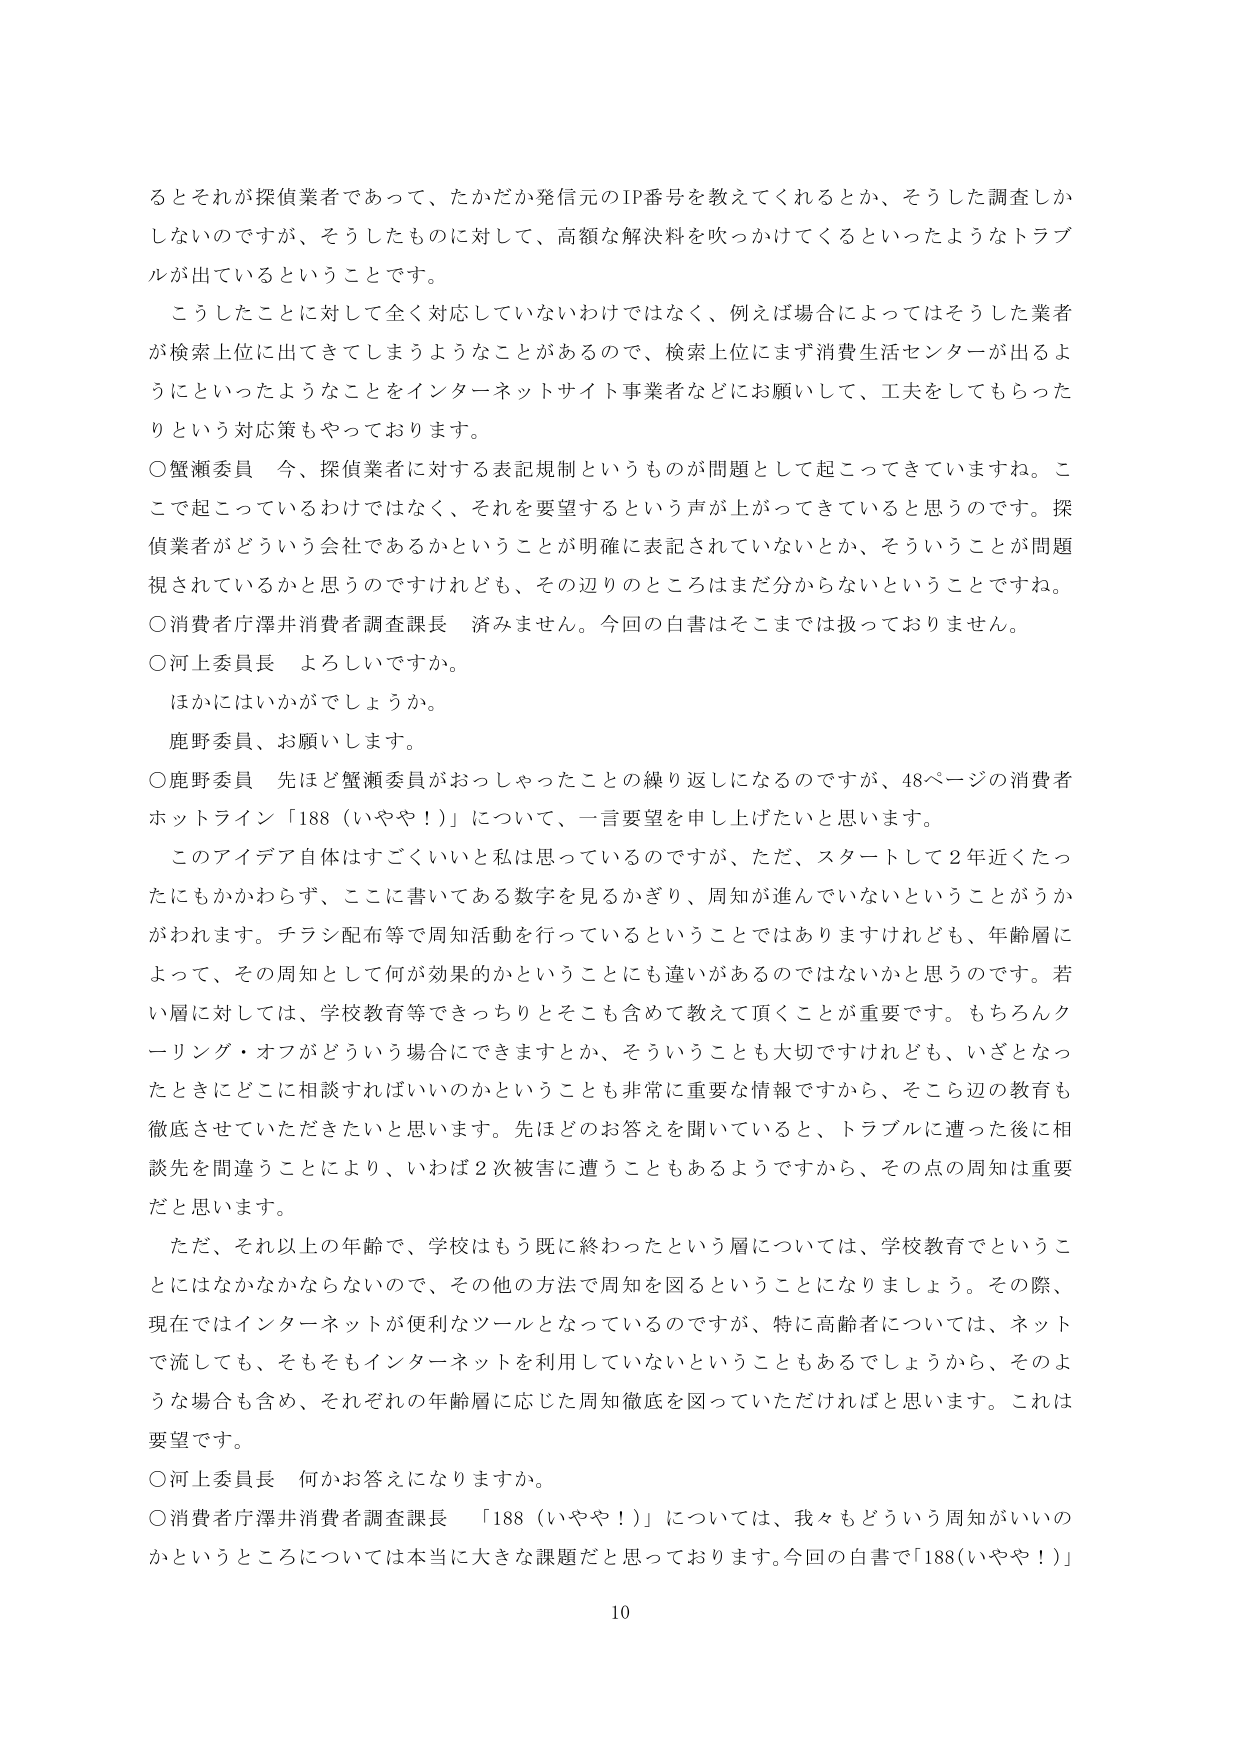
るとそれが探偵業者であって、たかだか発信元のIP番号を教えてくれるとか、そうした調査しかしないのですが、そうしたものに対して、高額な解決料を吹っかけてくるといったようなトラブルが出ているということです。

こうしたことに対して全く対応していないわけではなく、例えば場合によってはそうした業者が検索上位に出てきてしまうようなことがあるので、検索上位にまず消費生活センターが出るようにといったようなことをインターネットサイト事業者などにお願いして、工夫をしてもらったりという対応策もやっております。

○蟹瀬委員　今、探偵業者に対する表記規制というものが問題として起こってきていますね。ここで起こっているわけではなく、それを要望するという声が上がってきてていると思うのです。探偵業者がどういう会社であるかということが明確に表記されていないとか、そういうことが問題視されているかと思うのですけれども、その辺りのところはまだ分からないということですね。

○消費者庁澤井消費者調査課長　済みません。今回の白書はそこまでは扱っておりません。

○河上委員長　よろしいですか。

　ほかにはいかがでしょうか。

　鹿野委員、お願いします。

○鹿野委員　先ほど蟹瀬委員がおっしゃったことの繰り返しになるのですが、48ページの消費者ホットライン「188（いやや！）」について、一言要望を申し上げたいと思います。

　このアイデア自体はすごくいいとは思っているのですが、ただ、スタートして2年近くたったにもかかわらず、ここに書いてある数字を見るかぎり、周知が進んでいないということがうかがわれます。チラシ配布等で周知活動を行っているということではありませんけれども、年齢層によって、その周知として何が効果的かということも違いがあるのではないかと思うのです。若い層に対しては、学校教育等できっちりとそこも含めて教えて頂くことが重要です。もちろんクーリング・オフがどういう場合にできますとか、そういうことも大切ですけれども、いざとなったときにどこに相談すればいいのかということも非常に重要な情報ですから、そこら辺の教育も徹底させていただきたいと思います。先ほどのお答えを聞いていると、トラブルに遭った後に相談先を間違うことにより、いわば2次被害に遭うこともあるようですから、その点の周知は重要だと思います。

　ただ、それ以上の年齢で、学校はもう既に終わったという層については、学校教育でということにはなかなかならないので、その他の方法で周知を図るということになりましょう。その際、現在ではインターネットが便利なツールとなっているのですが、特に高齢者については、ネットで流しても、そもそもインターネットを利用していないということもあるでしょうから、そのような場合も含め、それぞれの年齢層に応じた周知徹底を図っていただければと思います。これは要望です。

○河上委員長　何かお答えになりますか。

○消費者庁澤井消費者調査課長　「188（いやや！）」については、我々もどういう周知がいいのかというところについては本当に大きな課題だと思っております。今回の白書で「188（いやや！）」

10